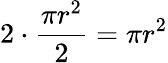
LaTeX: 2\cdot{\frac{\pi r^{2}}{2}}=\pi r^{2}